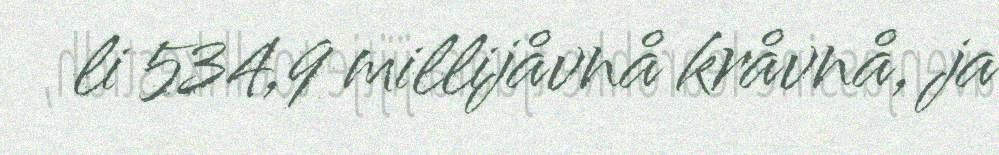
li 534,9 millijåvnå kråvnå, ja